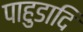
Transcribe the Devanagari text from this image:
पाहुडादि